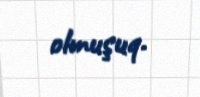
olmuşuq.